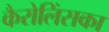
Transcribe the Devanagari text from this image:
कैरोलिंसका